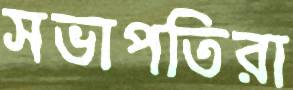
সভাপতিরা